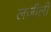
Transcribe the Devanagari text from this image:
लजीली